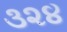
૩૨૪